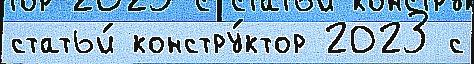
статьи́ констру́ктор 2023 с